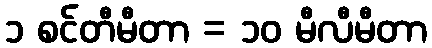
၁ စင်တီမီတာ = ၁၀ မီလီမီတာ